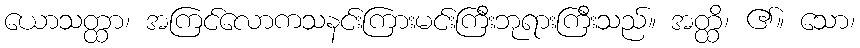
ယောသတ္ထာ၊ အကြင်လောကသနင်းကြားမင်းကြီးဘုရားကြီးသည်။ အတ္ထိ၊ ၏။ သော၊